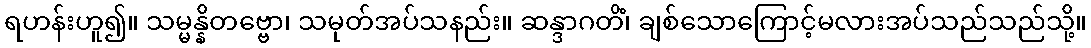
ရဟန်းဟူ၍။ သမ္မန္နိတဗ္ဗော၊ သမုတ်အပ်သနည်း။ ဆန္ဒာဂတိံ၊ ချစ်သောကြောင့်မလားအပ်သည်သည်သို့။